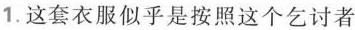
1. 这套衣服似乎是按照这个乞讨者